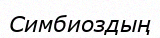
Симбиоздың